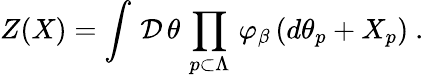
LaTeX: \left.Z(X)=\int\, {\cal D}\, \theta\, \prod_{p\subset\Lambda}\, \varphi_{\beta}\, (d\theta_{p}+X_{p})\ .\right.